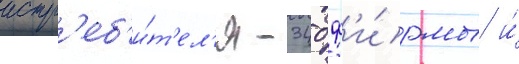
истр'еб'и́т'ел'я -340 ф'и́рмы и́